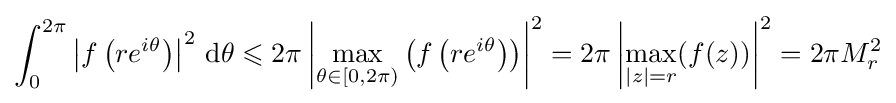
\int _{0}^{2\pi }\left|f\left(re^{i\theta }\right)\right|^{2}\,\mathrm {d} \theta \leqslant 2\pi \left|\max _{\theta \in [0,2\pi )}\left(f\left(re^{i\theta }\right)\right)\right|^{2}=2\pi \left|\max _{|z|=r}(f(z))\right|^{2}=2\pi M_{r}^{2}